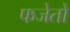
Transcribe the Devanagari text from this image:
फजेतो